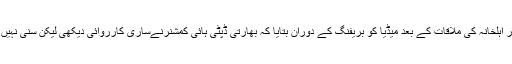
تر جمان دفتر خارجہ نے بھارتی جاسوس کلبھوشن اور اہلخانہ کی ملاقات کے بعد میڈیا کو بریفنگ کے دوران بتایا کہ بھارتی ڈپٹی ہائی کمشنرنےساری کارروائی دیکھی لیکن سنی نہیں ملاقات کےکمرے میں نصب شیشہ ساؤنڈ پروف تھا۔